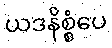
ယဒနိစ္စံပေ